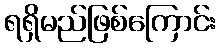
ရရှိမည်ဖြစ်ကြောင်း